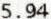
5.94